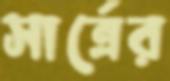
সার্ত্রের